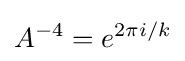
A^{-4}=e^{2\pi i/k}